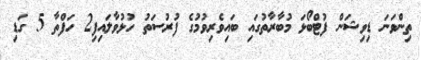
ތިންވަނަ ޑިވިޝަން ފުޓްބޯޅަ މުބާރާތުގައި ބައިވެރިވުމުގެ ފުރުސަތު ހުޅުވާލައިފި2 ހަފްތާ 5 ގަޑި